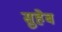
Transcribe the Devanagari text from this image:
सुहेब